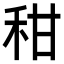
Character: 𥞈